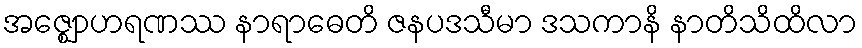
အဇ္ဈောဟရဏဿ နာရာဓေတိ ဇနပဒသီမာ ဒသကာနိ နာတိသိထိလာ